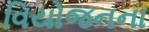
વિયોજનના